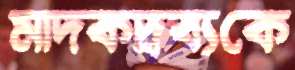
মাদকদ্রব্যকে